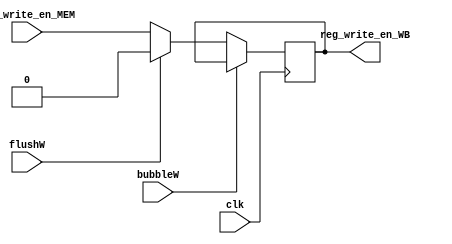
`timescale 1ns / 1ps
//////////////////////////////////////////////////////////////////////////////////
// Company: 
// Engineer: 
// 
// Design Name: 
// Module Name: Control_WB
// Project Name: 
// Target Devices: 
// Tool Versions: 
// Description: 
// 
// Dependencies: 
// 
// Revision:
// Revision 0.01 - File Created
// Additional Comments:
// 
//////////////////////////////////////////////////////////////////////////////////


module Control_WB(
    input       clk, 
    input       bubbleW, 
    input       flushW,
    input       reg_write_en_MEM,
    output reg  reg_write_en_WB
    );
    initial begin
    reg_write_en_WB = 1'b0;
    end
    always@(posedge clk)begin
        if (!bubbleW) begin
            if (flushW)begin
                reg_write_en_WB <= 5'b0;
            end else begin
                reg_write_en_WB <= reg_write_en_MEM;
            end
        end
     end
endmodule